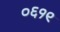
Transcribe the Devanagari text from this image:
०६१९